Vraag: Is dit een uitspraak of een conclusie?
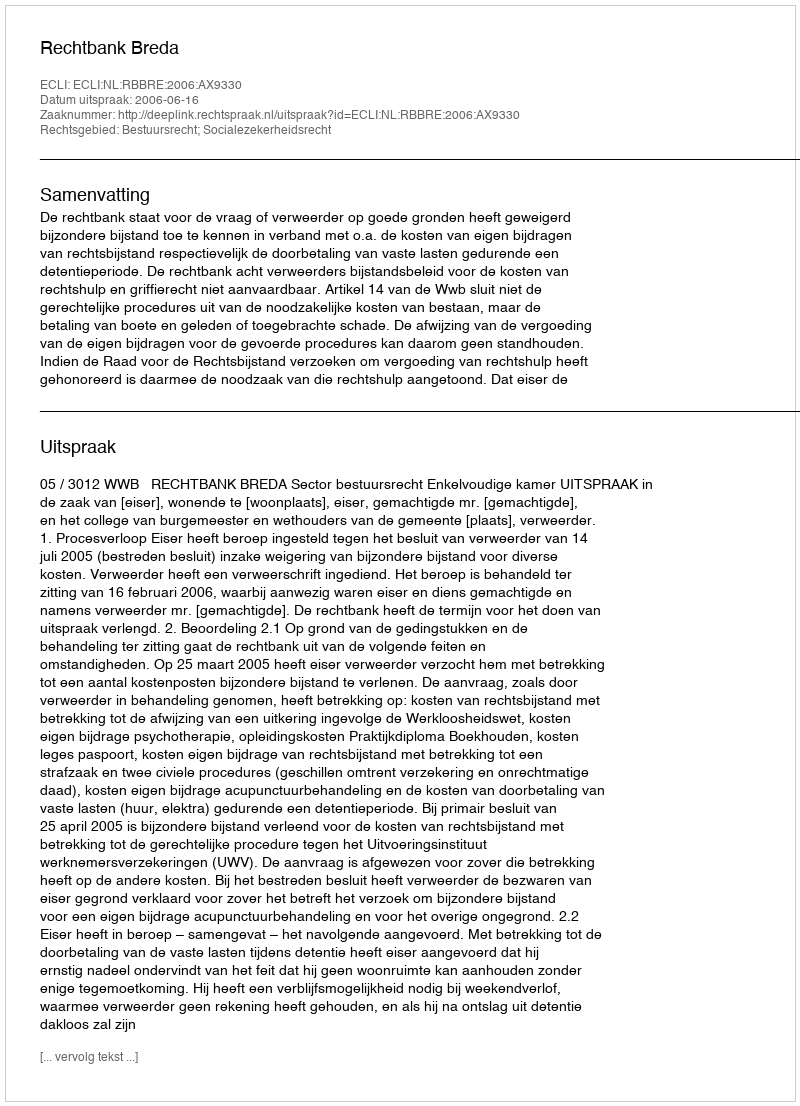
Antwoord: Uitspraak